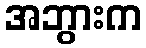
အဘွားက